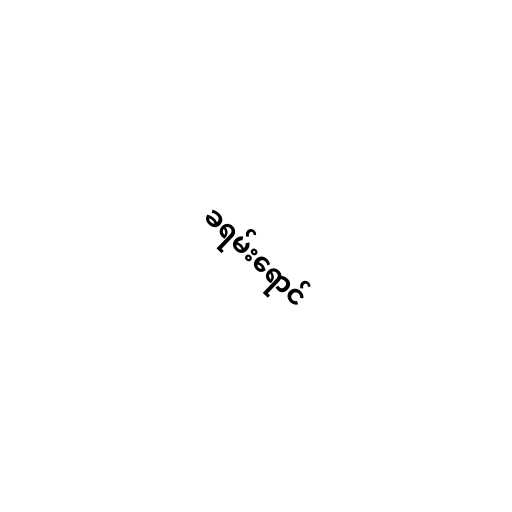
ခရမ်းရောင်